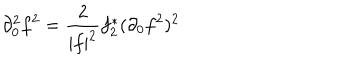
LaTeX: \partial _ { 0 } ^ { 2 } f ^ { 2 } = \frac { 2 } { | f | ^ { 2 } } f _ { 2 } ^ { * } ( \partial _ { 0 } f ^ { 2 } ) ^ { 2 }